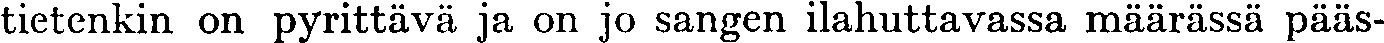
tietenkin on pyrittävä ja on jo sangen ilahuttavassa määrässä pääs-